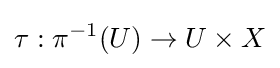
\tau :\pi ^{-1}(U)\to U\times X